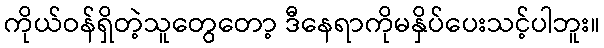
ကိုယ်ဝန်ရှိတဲ့သူတွေတော့ ဒီနေရာကိုမနှိပ်ပေးသင့်ပါဘူး။